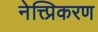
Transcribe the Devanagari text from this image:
नेत्त्प्रिकरण